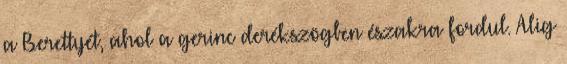
a Berettyét, ahol a gerinc derékszögben északra fordul. Alig